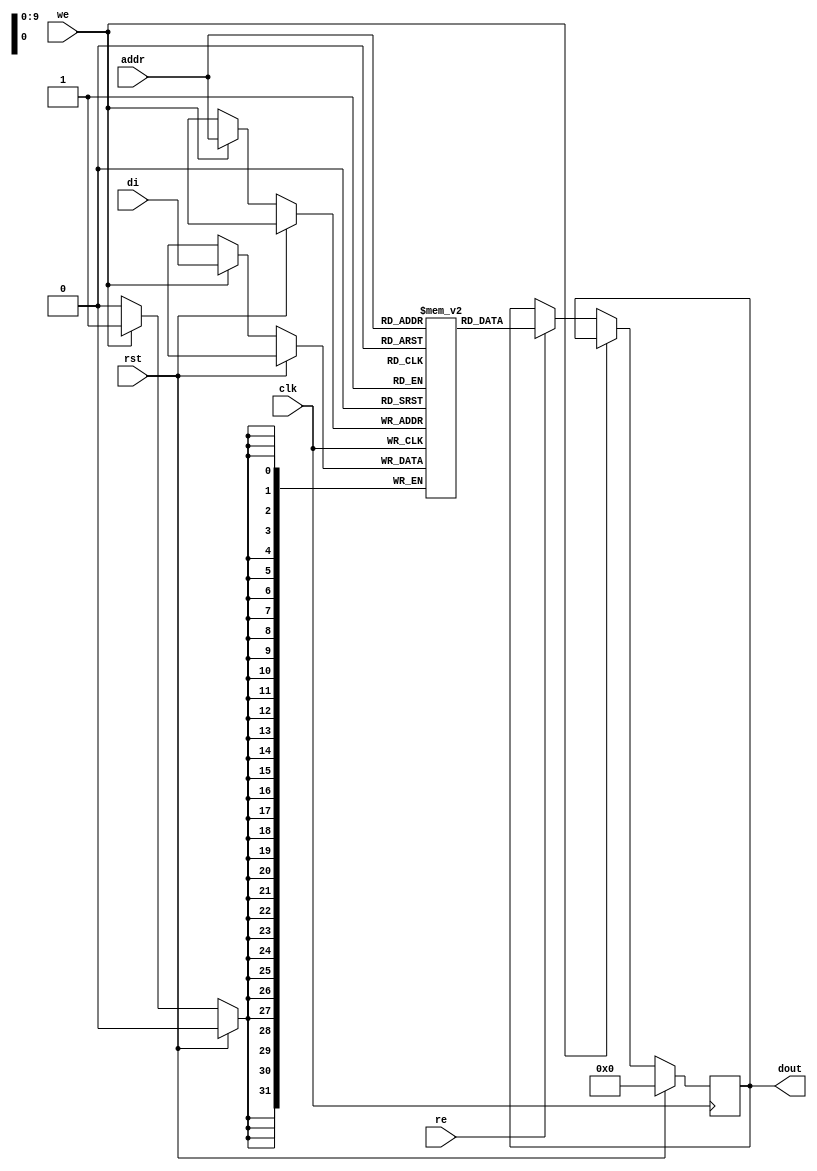

module rams_sp_re_we_rst_1024x32 (clk, rst, we, re, addr, di, dout);
input clk, rst;
input we, re;
input [9:0] addr;
input [31:0] di;
output reg [31:0] dout;

reg [31:0] RAM [1023:0];
// reg [31:0] dout;

always @(posedge clk)
    begin
        if (rst)
            dout <= 0;
        else if (we)
            RAM[addr] <= di;
        else if (re)
            dout <= RAM[addr];
    end

endmodule